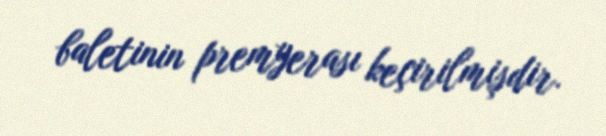
baletinin premyerası keçirilmişdir.